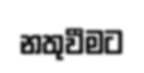
නතුවීමට